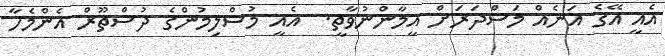
އެއީ އޭގެ އަނެއް މަސްދަރަށް އީމާންނުވާތީ.  އެއީ މުސްލިމުންގެ ދުސްތޫރް އެންމެހާ